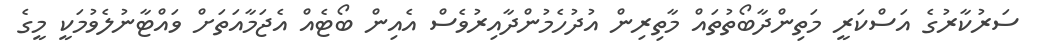
ސަރުކާރުގެ އަސްކަރީ މަތިންދާބޯތުތައް މާތިރިން އުދުހެމުންދާއިރުވެސް އެއިން ބޯޓެއް އެޖަމާއަތަށް ވައްޓާނުލެވުމަކީ މީގެ